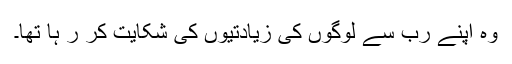
وہ اپنے ربّ سے لوگوں کی زیادتیوں کی شکایت کر ر ہا تھا۔